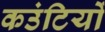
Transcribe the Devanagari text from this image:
कउंटियों